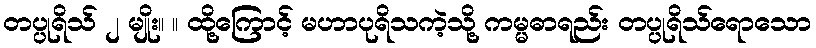
တပ္ပုရိသ် ၂ မျိုး။ ။ ထို့ကြောင့် မဟာပုရိသကဲ့သို့ ကမ္မဓာရည်း တပ္ပုရိသ်ရောသော